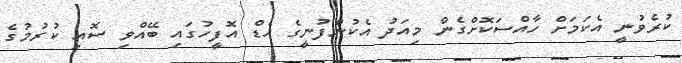
ކުރެވުނީ އެކަމަށް ހާއްސަކޮށްގެން މިއަދު އެކުންފުނީގެ ހެޑް އޮފީހުގައި ބޭއްވި ސޮއި ކުރުމުގެ